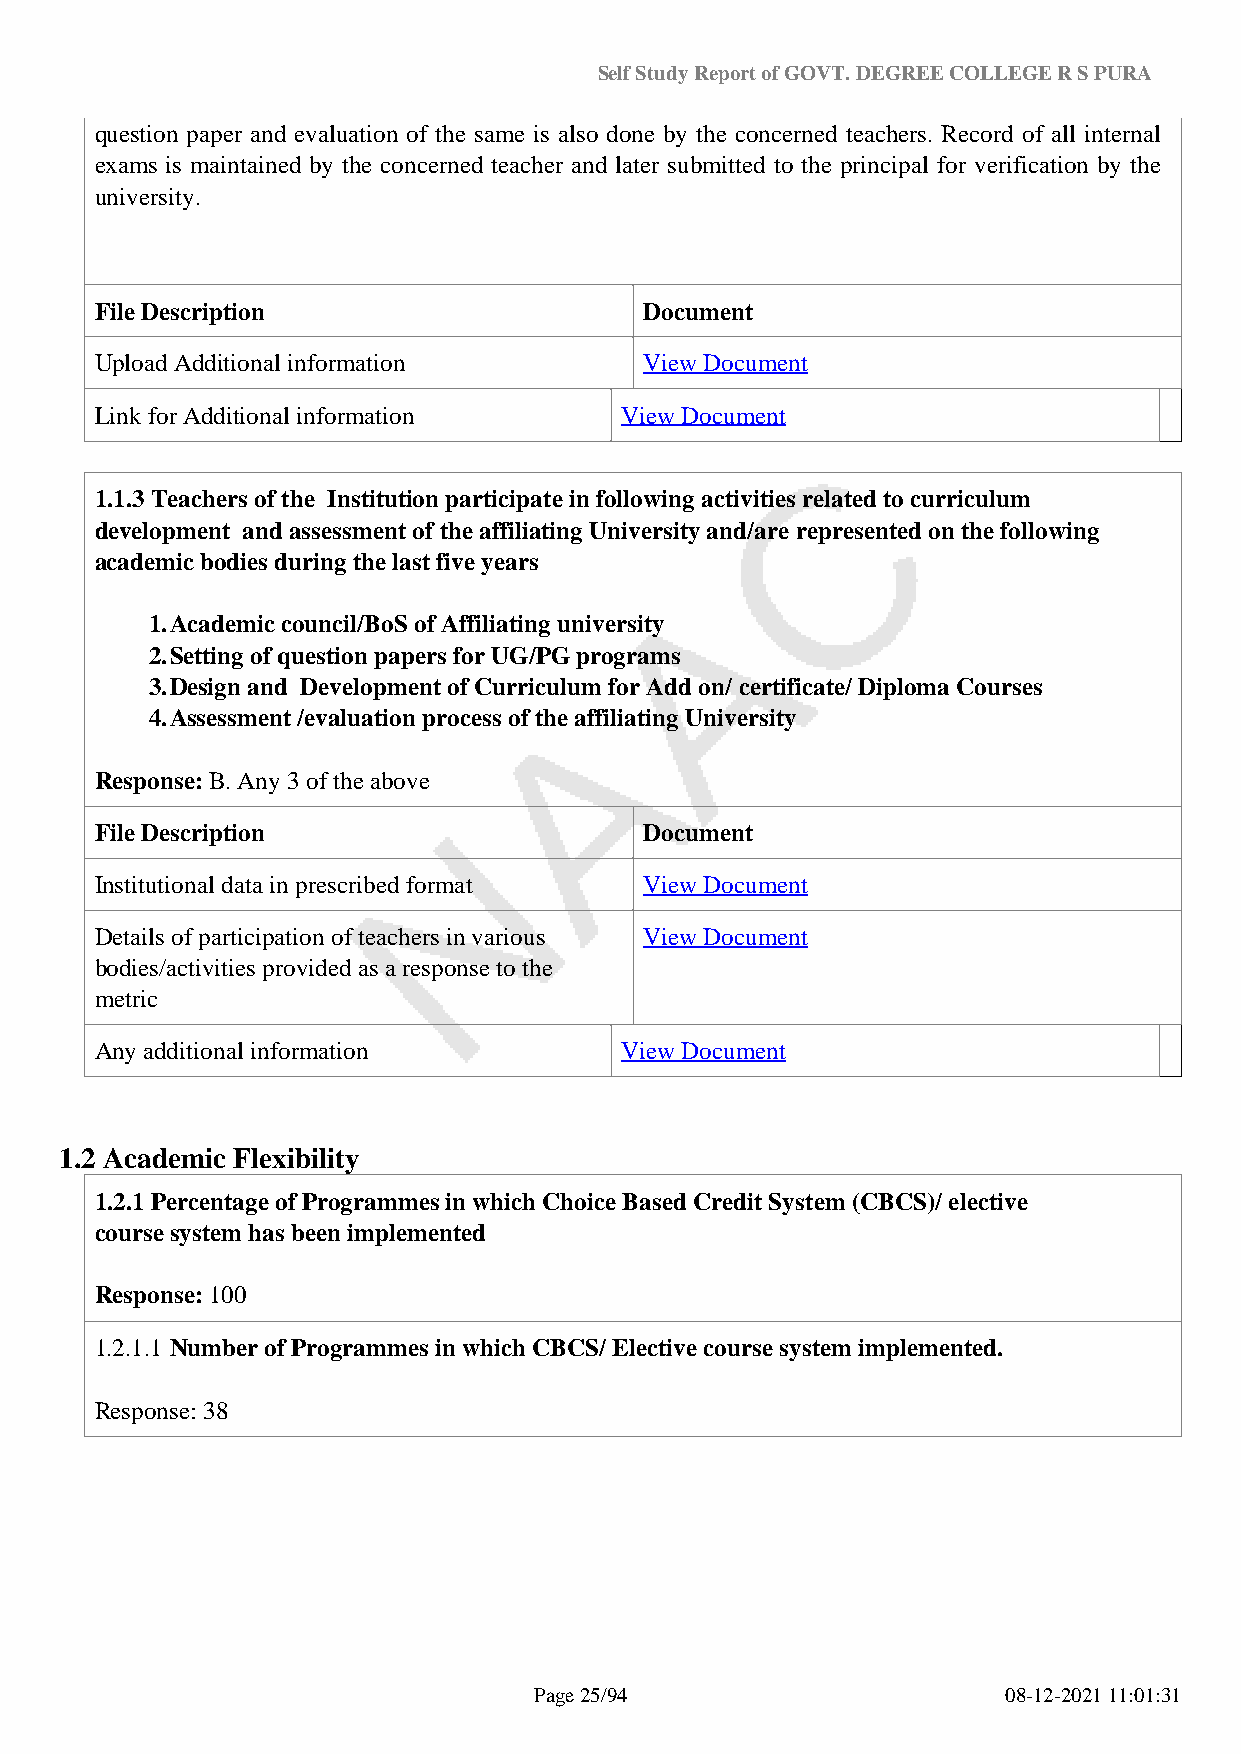
Self Study Report of GOVT. DEGREE COLLEGE R S PURA
 question paper and evaluation of the same is also done by the concerned teachers. Record of all internal
 exams is maintained by the concerned teacher and later submitted to the principal for verification by the
 university.
 File Description                     Document
 Upload Additional information        View Document
 Link for Additional information    View Document
 1.1.3 Teachers of the Institution participate in following activities related to curriculum
 development and assessment of the affiliating University and/are represented on the following
 academic bodies during the last five years
 1.Academic council/BoS of Affiliating university
 2.Setting of question papers for UG/PG programs
 3.Design and Development of Curriculum for Add on/ certificate/ Diploma Courses
 4.Assessment /evaluation process of the affiliating University
 Response: B. Any 3 of the above
 File Description                     Document
 Institutional data in prescribed format View Document
 Details of participation of teachers in various View Document
 bodies/activities provided as a response to the
 metric
 Any additional information         View Document
 1.2 Academic Flexibility
 1.2.1 Percentage of Programmes in which Choice Based Credit System (CBCS)/ elective
 course system has been implemented
 Response: 100
 1.2.1.1 Number of Programmes in which CBCS/ Elective course system implemented.
 Response: 38
 Page 25/94                      08-12-2021 11:01:31